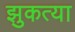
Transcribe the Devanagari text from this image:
झुकत्या